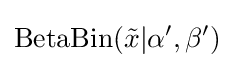
\operatorname {BetaBin} ({\tilde {x}}|\alpha ',\beta ')